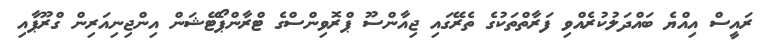
ރައީސް އިއްޔެ ބައްދަލުކުރެއްވި ފަރާތްތަކުގެ ތެރޭގައި ޖިއާންސޫ ޕްރޮވިންސްގެ ޓްރާންޕޯޓޭޝަން އިންޖިނިއަރިން ގްރޫޕާއި